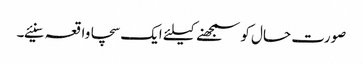
صورت حال کو سمجھنے کیلئے ایک سچا واقعہ سنیئے۔